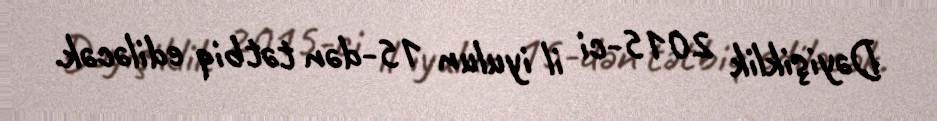
Dəyişiklik 2015-ci il iyulun 15-dən tətbiq ediləcək.